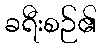
ခရီးစဉ်၏